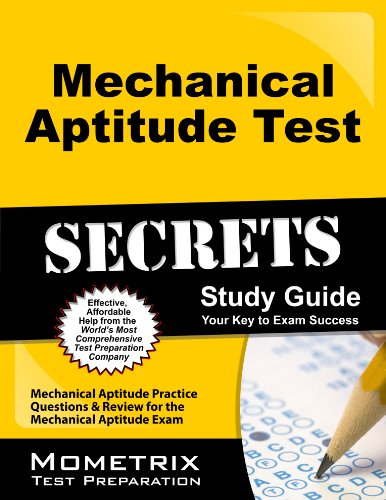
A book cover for Mechanical Aptitude Test Secrets Study Guide: Mechanical Aptitude Practice Questions & Review for the Mechanical Aptitude Exam (Mometrix Secrets Study Guides); Mechanical Aptitude Exam Secrets Test Prep Team; Test Preparation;